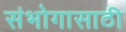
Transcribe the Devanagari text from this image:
संभोगासाठी